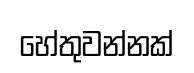
හේතුවන්නක්